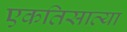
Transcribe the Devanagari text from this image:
एकतिसाव्या